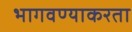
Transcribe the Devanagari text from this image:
भागवण्याकरता